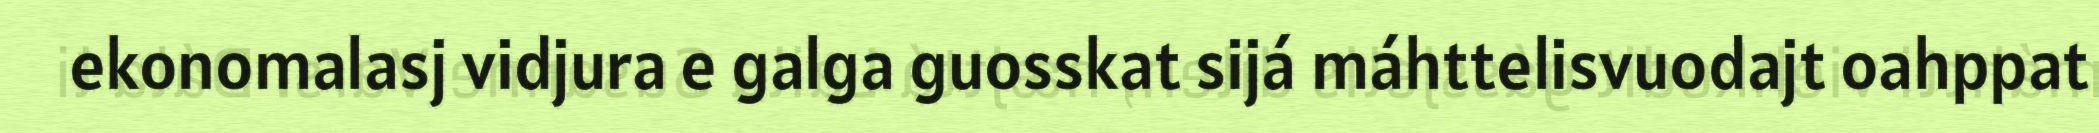
ekonomalasj vidjura e galga guosskat sijá máhttelisvuodajt oahppat